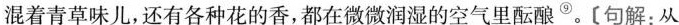
混着青草味儿,还有各种花的香,都在微微润湿的空气里酝酿^{⑨}。[句解.从